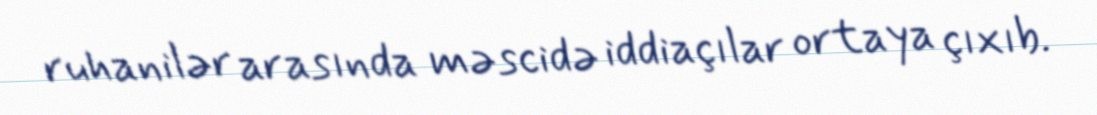
ruhanilər arasında məscidə iddiaçılar ortaya çıxıb.